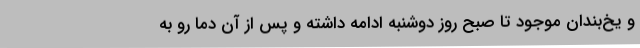
و یخ‌بندان موجود تا صبح روز دوشنبه ادامه داشته و پس از آن دما رو به